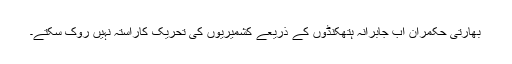
بھارتی حکمران اب جابرانہ ہتھکنڈوں کے ذریعے کشمیریوں کی تحریک کاراستہ نہیں روک سکتے۔